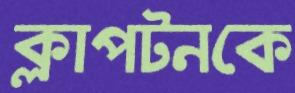
ক্লাপটনকে